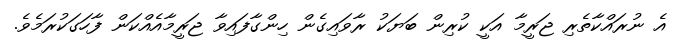
އެ ނުރައްކާތެރި ޖަރީމާ އަކީ ކުރިން ބަޔަކު ރާވައިގެން ހިންގާފައިވާ ޖަރީމާއެއްކަން ފާހަގަކުރަމެވެ.